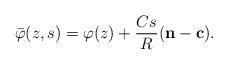
LaTeX: \begin{align*}\bar{\varphi}(z, s) = \varphi(z) + \frac{Cs}{R}(\mathbf{n} - \mathbf{c}).\end{align*}